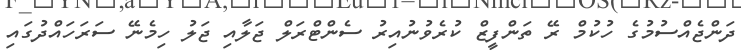
ދަންޖެއްސުމުގެ ހުކުމް ރޭ ތަންފީޒް ކުރެވުނުއިރު ސެންޓްރަލް ޖަލާއި ޖަލު ހިމެނޭ ސަރަހައްދުގައި